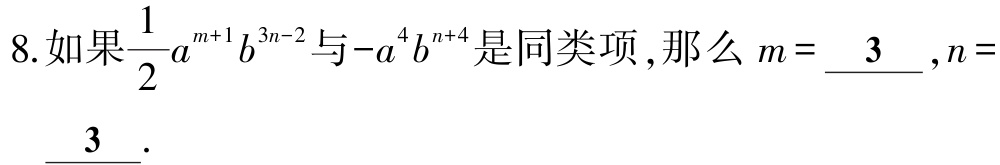
8.如果$\dfrac{1}{2}a^{m + 1}b^{3n - 2}$与$-a^{4}b^{n + 4}$是同类项，那么$m = \underline{3}$，$n = \underline{3}$.